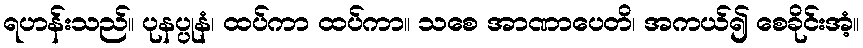
ရဟန်းသည်။ ပုနပ္ပုနံ၊ ထပ်ကာ ထပ်ကာ။ သစေ အာဏာပေတိ၊ အကယ်၍ စေခိုင်းအံ့။